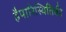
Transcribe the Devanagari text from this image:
हैपारिस्थितिकी